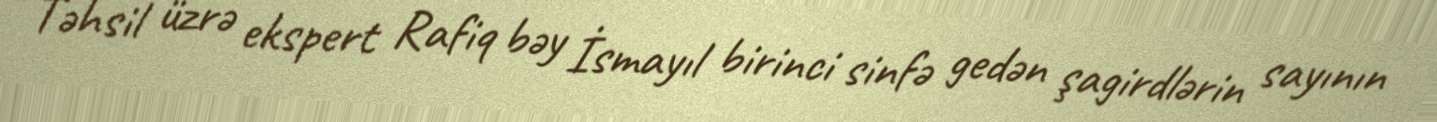
Təhsil üzrə ekspert Rafiq bəy İsmayıl birinci sinfə gedən şagirdlərin sayının